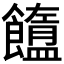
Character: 𩟟